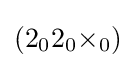
(2_{0}2_{0}{\times }_{0})